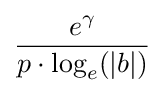
{\frac {e^{\gamma }}{p\cdot \log _{e}(|b|)}}